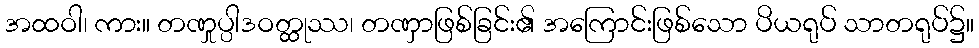
အထဝါ၊ ကား။ တဏှုပ္ပါဒဝတ္ထုဿ၊ တဏှာဖြစ်ခြင်း၏ အကြောင်းဖြစ်သော ပိယရုပ် သာတရုပ်၌။